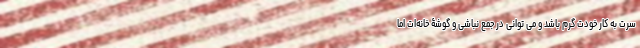
سرت به کار خودت گرم باشد و می توانی در جمع نباشی و گوشۀ خانه‌ات اما